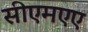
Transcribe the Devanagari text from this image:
सीएमएए